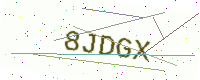
Text: 8JDGX